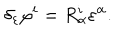
\delta _ { \varepsilon } \varphi ^ { i } = R _ { \alpha } ^ { i } \varepsilon ^ { \alpha } .